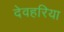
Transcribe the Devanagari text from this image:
देवहरिया